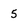
Character: 5